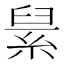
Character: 𦀥